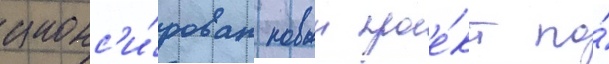
анонс'и́рован новыи прое́кт по́